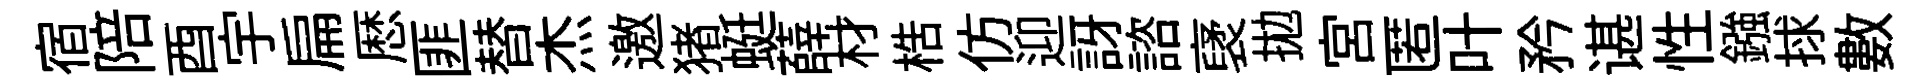
宿陪酉宇扁厯匪替杰邀猪蜓薛材梏仿迎訝諮裦拋宫匿叶矜谌性鏹捄數